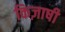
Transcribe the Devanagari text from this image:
किज़ाषी